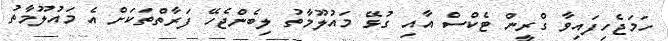
ހަމަޖެހިފައިވާ ގްރީން ޓެކްސް އާއި ގުޅޭ މައުލޫމާތު ލިބެންޖެހޭ ފަރާތްތަކަށް އެ މައުލޫމާތު